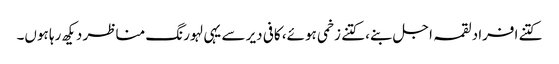
کتنے افراد لقمہ اجل بنے، کتنے زخمی ہوئے، کافی دیر سے یہی لہورنگ مناظر دیکھ رہا ہوں۔